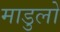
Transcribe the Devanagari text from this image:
माडुलो